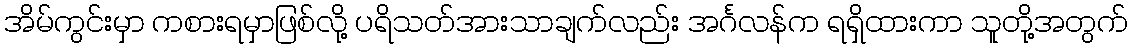
အိမ်ကွင်းမှာ ကစားရမှာဖြစ်လို့ ပရိသတ်အားသာချက်လည်း အင်္ဂလန်က ရရှိထားကာ သူတို့အတွက်